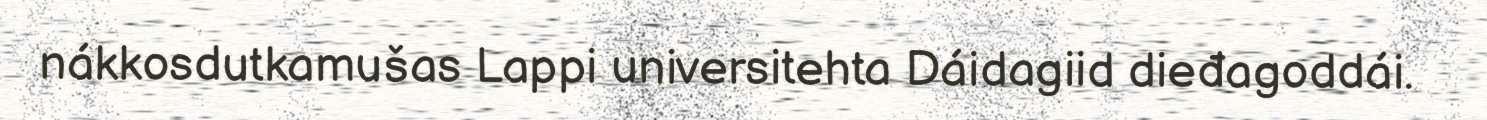
nákkosdutkamušas Lappi universitehta Dáidagiid dieđagoddái.